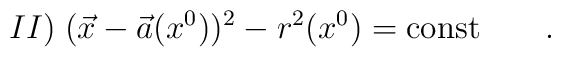
II)\; (\vec x -\vec a(x^0))^2-r^2(x^0)=\mbox{const}\qquad .